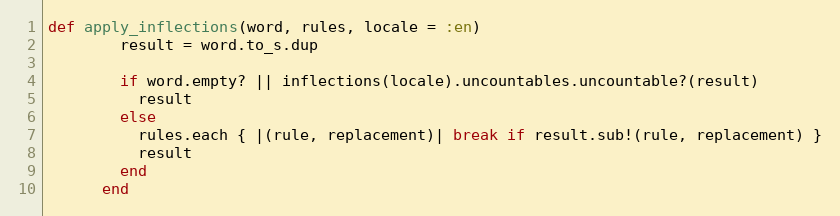
Language: Ruby
def apply_inflections(word, rules, locale = :en)
        result = word.to_s.dup

        if word.empty? || inflections(locale).uncountables.uncountable?(result)
          result
        else
          rules.each { |(rule, replacement)| break if result.sub!(rule, replacement) }
          result
        end
      end